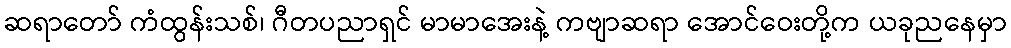
ဆရာတော် ကံထွန်းသစ်၊ ဂီတပညာရှင် မာမာအေးနဲ့ ကဗျာဆရာ အောင်ဝေးတို့က ယခုညနေမှာ